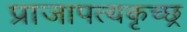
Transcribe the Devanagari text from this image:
प्राजापत्यकृच्छ्र